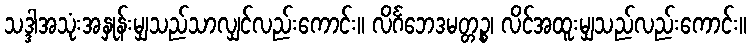
သဒ္ဒါအသုံးအနှုန်းမျှသည်သာလျှင်လည်းကောင်း။ လိင်္ဂဘေဒမတ္တဉ္စ၊ လိင်အထူးမျှသည်လည်းကောင်း။